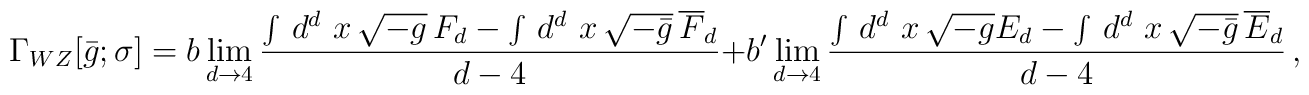
\Gamma_{WZ}[\bar g;\sigma] = b \lim_{d\rightarrow 4} {\int\,d^d\,\,x\,\sqrt{-g}\, F_d - \int\,d^d\,\,x\,\sqrt{-\bar g}\,\overline F_d\over d-4}+ b'\lim_{d\rightarrow 4} {\int\,d^d\,\,x\,\sqrt{- g} E_d - \int\,d^d\,\,x\,\sqrt{-\bar g}\,\overline E_d\over d-4}\,,